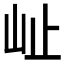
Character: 𭖇